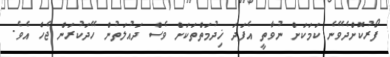
ފޯރުކޮށްދެވޭނެ ކަމަކަށް ނުވާތީ އެފަދަ ޚިދުމަތްތަކަށް ވެސް ދައުލަތުން ހޭދަކުރަން ޖެހެ އެވެ.